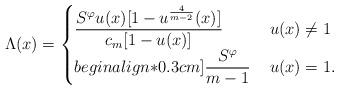
LaTeX: \begin{align*}\Lambda(x) = \begin{cases}\dfrac{S^\varphi u(x)[1- u^{\frac{4}{m-2}}(x)]}{c_m [1-u(x)]} & \, u(x) \neq 1 \\begin{align*}0.3cm]\dfrac{S^\varphi}{m-1} & \, u(x) = 1.\end{cases}\end{align*}